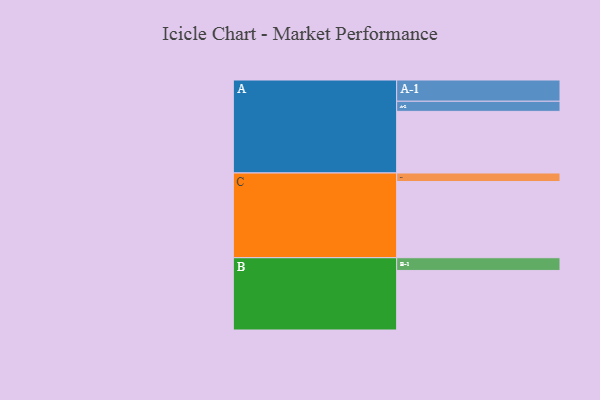
{"axis": {"x": "Segment", "y": "Value"}, "legend": ["", "A", "B", "C"], "data": [{"x": "A", "y": 470, "type": ""}, {"x": "B", "y": 454, "type": ""}, {"x": "C", "y": 581, "type": ""}, {"x": "A-1", "y": 162, "type": "A"}, {"x": "A-2", "y": 77, "type": "A"}, {"x": "B-1", "y": 97, "type": "B"}, {"x": "C-1", "y": 65, "type": "C"}]}